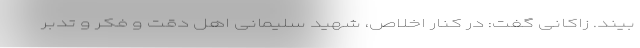
‌بیند. زاکانی گفت: در کنار اخلاص، شهید سلیمانی اهل دقت و فکر و تدبر